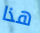
هذا